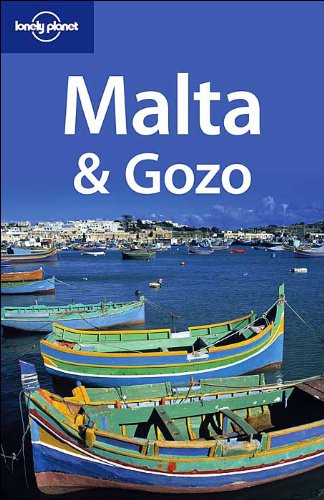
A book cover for Lonely Planet Malta & Gozo; Carolyn Bain; Travel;